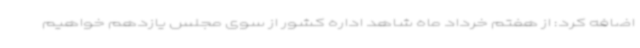
اضافه کرد: از هفتم خرداد ماه شاهد اداره کشور از سوی مجلس یازدهم خواهیم